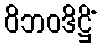
ဝိဘဝဒိဋ္ဌိံ